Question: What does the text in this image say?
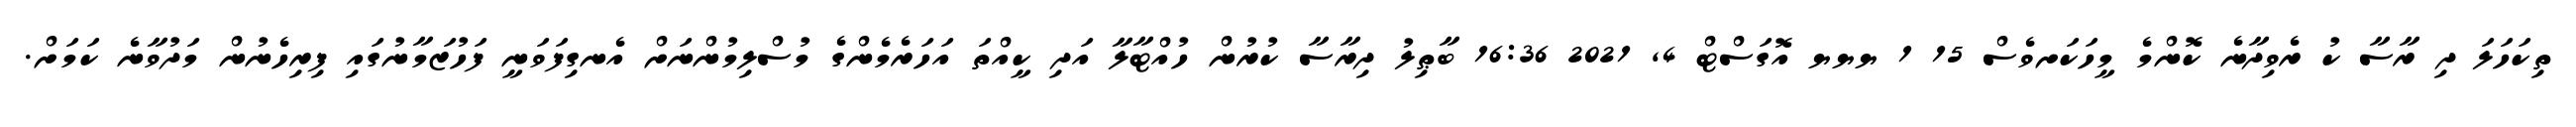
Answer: ތިކަހަލަ ދި ރާސާ ކު ރެވިދާނެ ކޮންމެ މީހަކަށވެސް 15 1 ޔޔޔ އޮގަސްޓް 4, 2021 16:36 ބާޠިލު ދިރާސާ ކުރުން ހުއްޓާލާ އަދި ކީއްތަ އަހަރެމެންގެ މުސްލިމުންނަށް އެނގިފަވަނީ ފަހުޒަމާނުގައި ފިރިހެނުން މަދުވާނެ ކަމަށް.